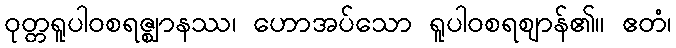
ဝုတ္တရူပါဝစရဇ္ဈာနဿ၊ ဟောအပ်သော ရူပါဝစရဈာန်၏။ ဧတံ၊